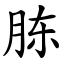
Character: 胨